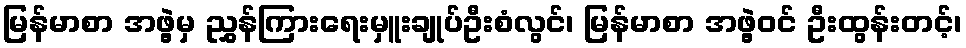
မြန်မာစာ အဖွဲ့မှ ညွှန်ကြားရေးမှူးချုပ်ဦးစံလွင်၊ မြန်မာစာ အဖွဲ့ဝင် ဦးထွန်းတင့်၊